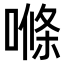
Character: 𠺧